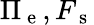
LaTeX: \Pi_{\mathrm{~e~}},F_{\mathrm{~s~}}